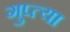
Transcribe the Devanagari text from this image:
गुप्‍त्या